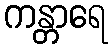
ကန္တာရေ